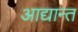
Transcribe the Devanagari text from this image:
आद्यान्त